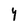
Character: Y